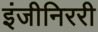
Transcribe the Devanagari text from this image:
इंजीनिररी